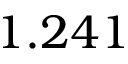
1 . 2 4 1